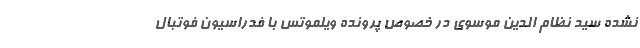
نشده سید نظام الدین موسوی در خصوص پرونده ویلموتس با فدراسیون فوتبال